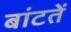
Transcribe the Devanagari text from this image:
बांटतें